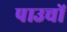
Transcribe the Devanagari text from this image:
पाउचों